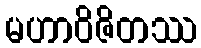
မဟာဝိဇိတဿ